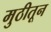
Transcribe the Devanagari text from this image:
मुठीतून